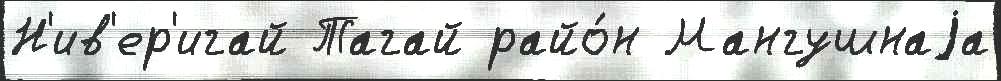
Н'ив'ер'игай Тагай райо́н Мангушнаjа